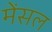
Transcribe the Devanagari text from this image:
मेंसल